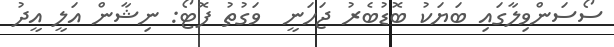
ސޯސަންވިލާގައި ބަޔަކު ބޮޑުބެރު ޖަހަނީ  ވަގުތު ފޮޓޯ: ނިޝާން އަލީ އީދު